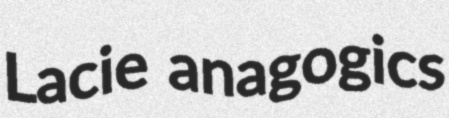
Lacie anagogics